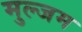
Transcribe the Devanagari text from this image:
मुल्जम